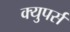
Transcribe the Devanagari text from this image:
क्युपर्स